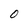
Character: 0